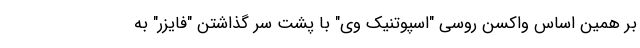
بر همین اساس واکسن روسی "اسپوتنیک وی" با پشت سر گذاشتن "فایزر" به